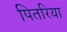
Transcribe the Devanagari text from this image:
पितरिया